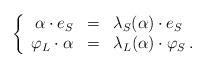
LaTeX: \begin{align*}\left\{ \begin{array}{rcl} \alpha \cdot e_S & = & \lambda_S(\alpha)\cdot e_S \\ \varphi_L \cdot \alpha & = & \lambda_L(\alpha)\cdot \varphi_S\,. \end{array}\right.\end{align*}